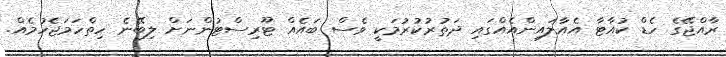
ރާއްޖޭގެ ހެޑް ކުއާޓާ އެއާލައިންއެއްގައި ދަތުރުކުރުމަކީ ވެސް ބައެއް ޓޫރިސްޓުންނަށް ލިބޭނެ ހިތްހަމަޖެހުމެއް.